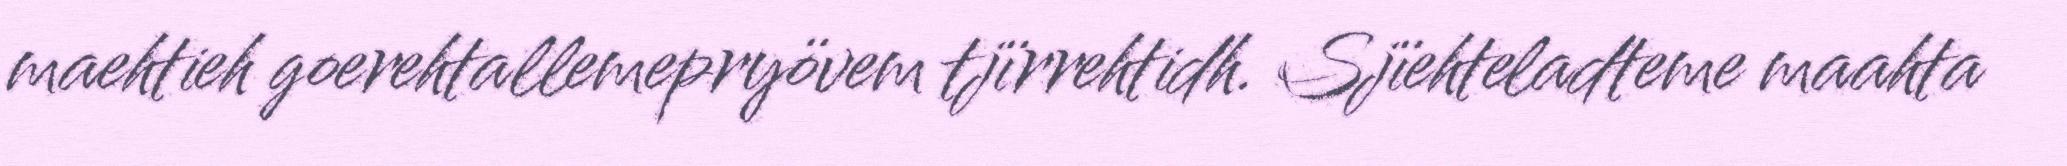
maehtieh goerehtallemepryövem tjïrrehtidh. Sjïehteladteme maahta